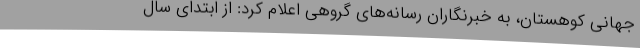
جهانی کوهستان، به خبرنگاران رسانه‌های گروهی اعلام کرد: از ابتدای سال